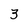
Character: 3